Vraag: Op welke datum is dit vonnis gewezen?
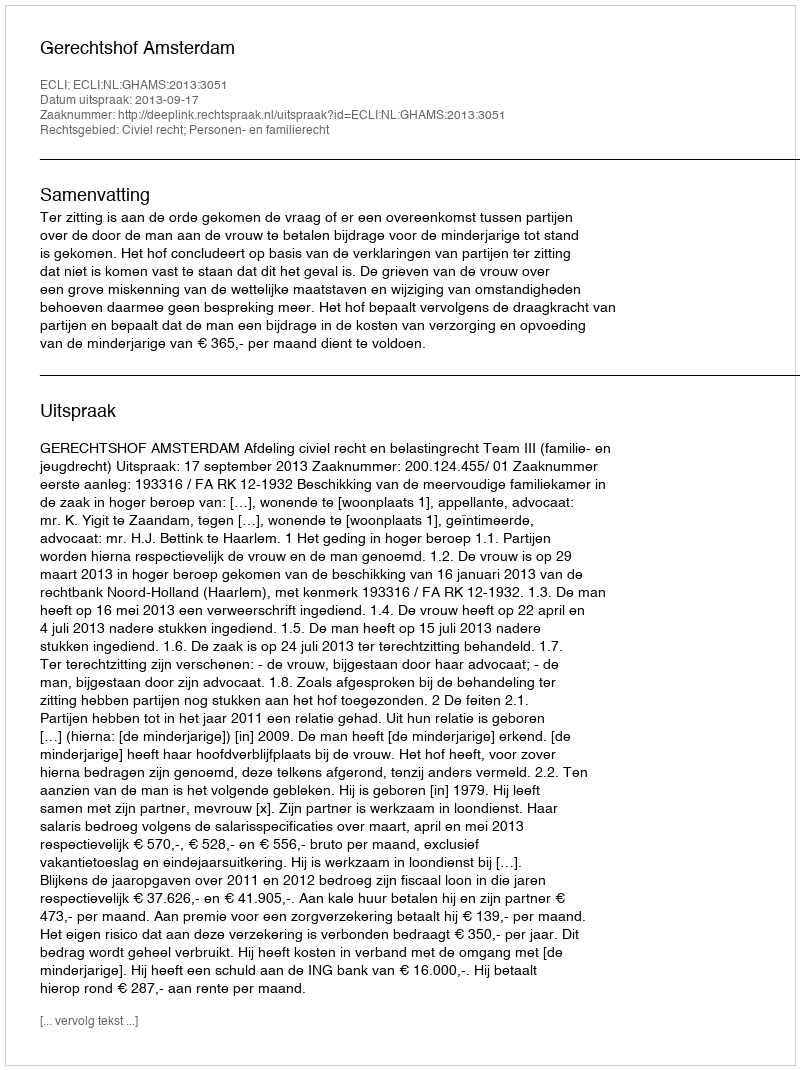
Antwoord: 2013-09-17